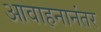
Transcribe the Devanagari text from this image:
आवाहनानंतर